Scottish Leaving Certificate Examination, 1959
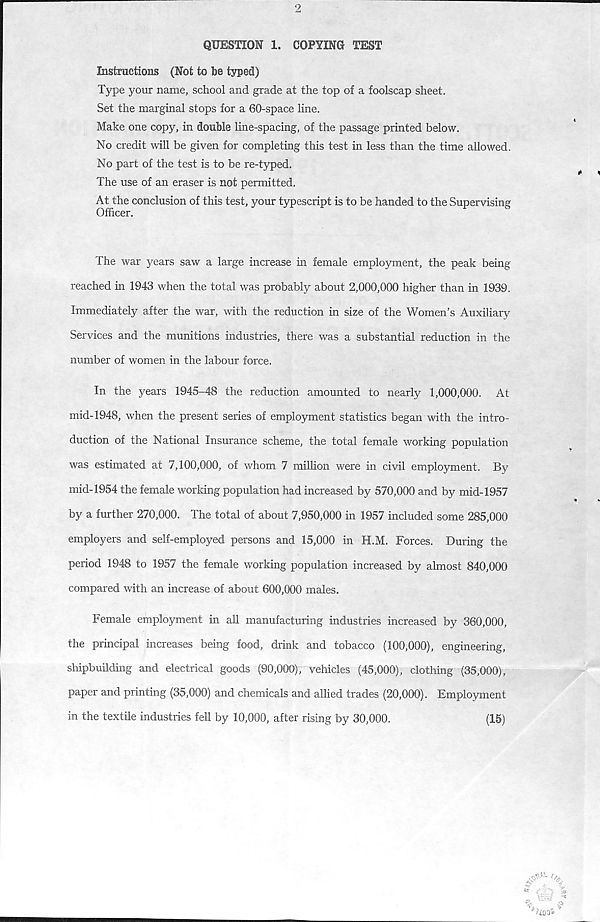
2
QUESTION 1. COPYING TEST
Instructions (Not to be typed)
Type your name, school and grade at the top of a foolscap sheet.
Set the marginal stops for a 60-space line.
Make one copy, in double line-spacing, of the passage printed below.
No credit will be given for completing this test in less than the time allowed.
No part of the test is to be re-typed.
The use of an eraser is not permitted.
At the conclusion of this test, your typescript is to be handed to the Supervising
Officer.
The war years saw a large increase in female employment, the peak being
reached in 1943 when the total was probably about 2,000,000 higher than in 1939.
Immediately after the war, with the reduction in size of the Women’s Auxiliary
Services and the munitions industries, there was a substantial reduction in the
number of women in the labour force.
In the years 1945-48 the reduction amounted to nearly 1,000,000. At
mid-1948, when the present series of employment statistics began with the intro-
duction of the National Insurance scheme, the total female working population
was estimated at 7,100,000, of whom 7 million were in civil employment. By
mid-1954 the female working population had increased by 570,000 and by mid-1957
by a further 270,000. The total of about 7,950,000 in 1957 included some 285,000
employers and self-employed persons and 15,000 in H.M. Forces. During the
period 1948 to 1957 the female working population increased by almost 840,000
compared with an increase of about 600,000 males.
Female employment in all manufacturing industries increased by 360,000,
the principal increases being food, drink and tobacco (100,000), engineering,
shipbuilding and electrical goods (90,000), vehicles (45,000), clothing (35,000),
paper and printing (35,000) and chemicals and allied trades (20,000). Employment
in the textile industries fell by 10,000, after rising by 30,000.
(15)
.r# 1 f/.
/ s.- _ <3
•4.00*